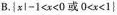
B.|x|-1<x<0 或O<x<1|